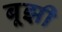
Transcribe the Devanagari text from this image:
बूझी